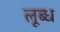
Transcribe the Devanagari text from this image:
लूब्ध